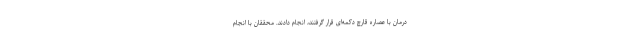
درمان با عصاره قارچ دکمه‌ای قرار گرفتند، انجام دادند. محققان با انجام